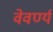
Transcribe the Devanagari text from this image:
वेवर्ण्य